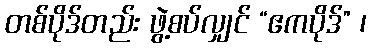
တစ်ပိုဒ်တည်း ဖွဲ့စပ်လျှင် “ဧကပိုဒ်” ၊